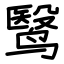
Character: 鹥